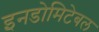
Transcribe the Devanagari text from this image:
इनडोमिटेबल